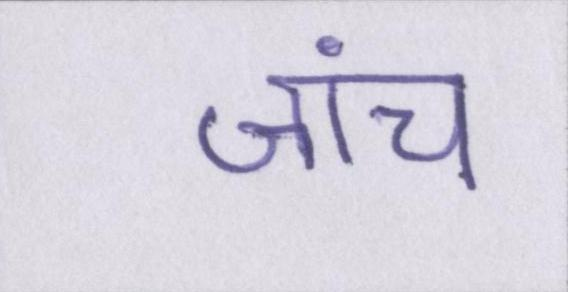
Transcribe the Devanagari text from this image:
जांच